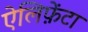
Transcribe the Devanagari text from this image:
ऐलिफ़ेंटा